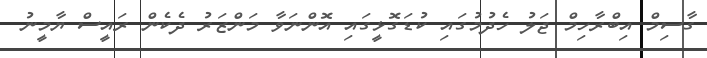
ގާސިމް އިބްރާހިމް ޖަލު ހެދުމުގައި ކުޑަގޮޅީގައި އޮންނަވާ މަންޒަރު ދެކެން ރައީސް ޔާމީނު